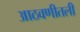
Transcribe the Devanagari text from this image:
आठवणीतली